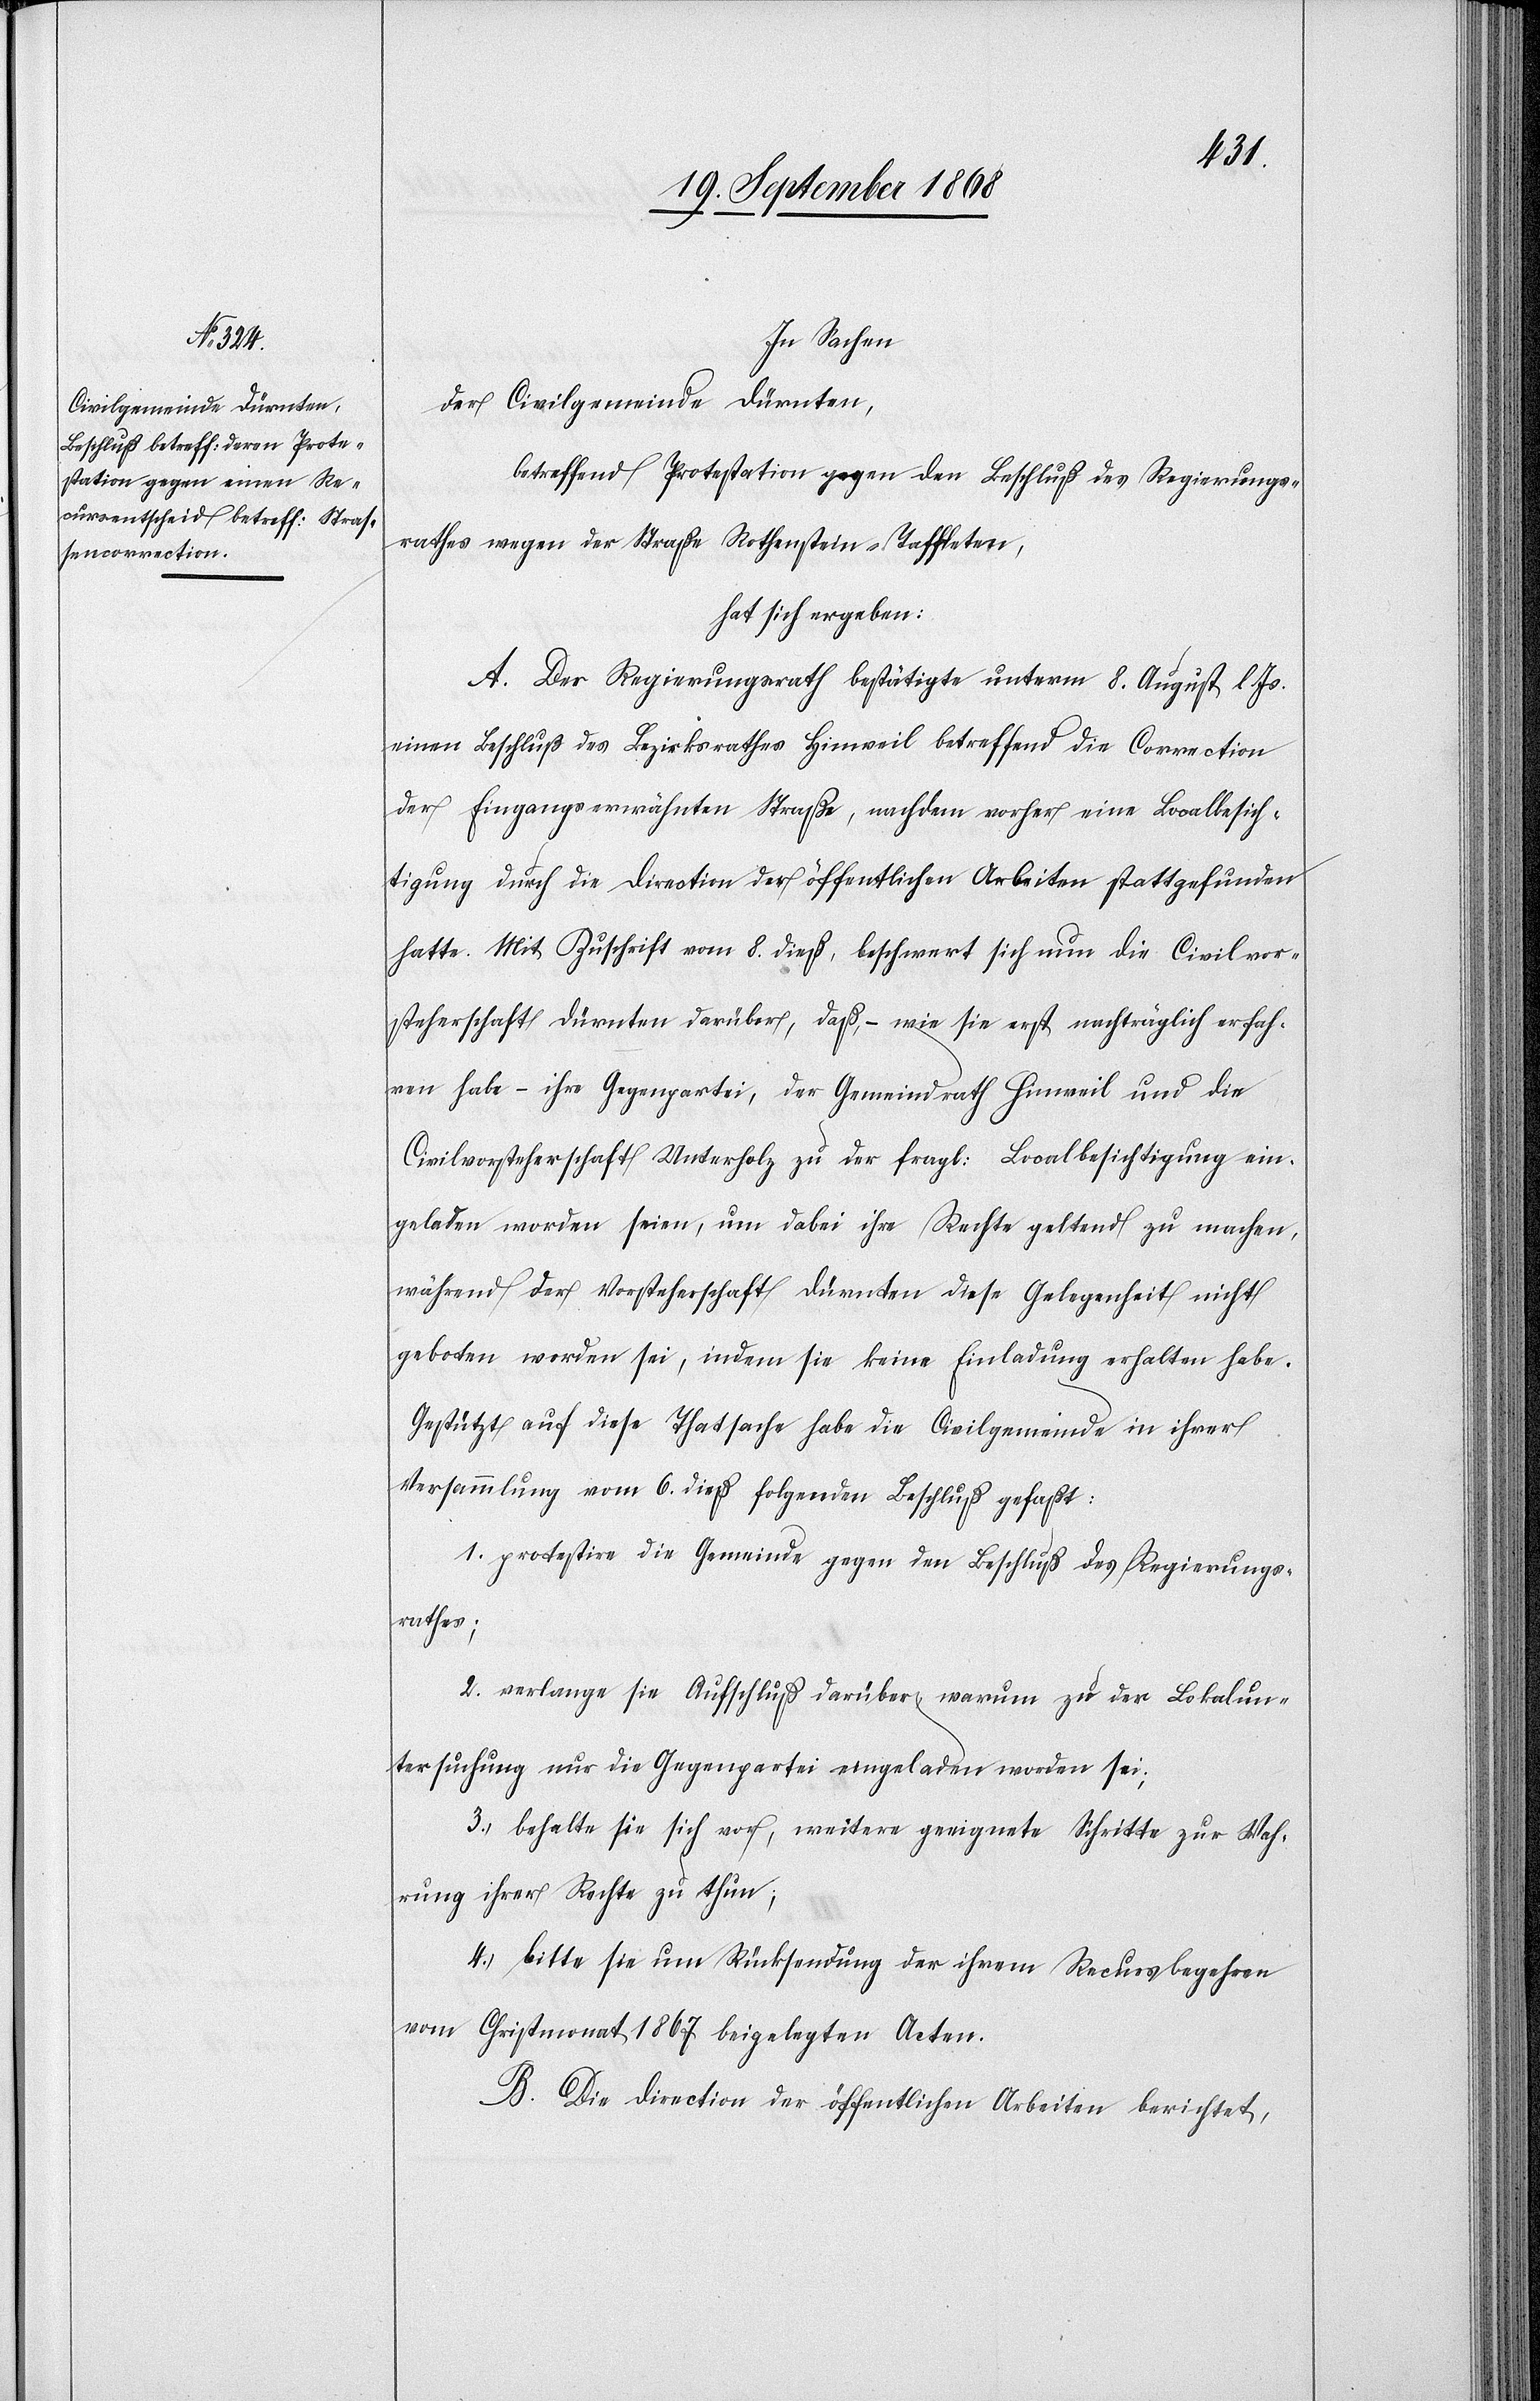
In Sachen
der Civilgemeinde Dürnten,
betreffend Protestation gegen den Beschluß des Regierungs¬
rathes wegen der Straße Rothenstein–Taffleten,
hat sich ergeben:
A. Der Regierungsrath bestätigte unterm 8. August l. Js.
einen Beschluß des Bezirksrathes Hinweil betreffend die Correction
der Eingangs erwähnten Straße, nachdem vorher eine Localbesich¬
tigung durch die Direction der öffentlichen Arbeiten stattgefunden
hatte. Mit Zuschrift vom 8. dieß, beschwert sich nun die Civilvor¬
steherschaft Dürnten darüber, daß, – wie sie erst nachträglich erfah¬
ren habe – ihre Gegenpartei, der Gemeindrath Hinweil und die
Civilvorsteherschaft Unterholz zu der fragl: Localbesichtigung ein¬
geladen worden seien, um dabei ihre Rechte geltend zu machen,
während der Vorsteherschaft Dürnten diese Gelegenheit nicht
geboten worden sei, indem sie keine Einladung erhalten habe.
Gestützt auf diese Thatsache habe die Civilgemeinde in ihrer
Versammlung vom 6. dieß folgenden Beschluß gefaßt:
1. protestire die Gemeinde gegen den Beschluß des Regierungs¬
rathes;
2. verlange sie Aufschluß darüber, warum zu der Lokalun¬
tersuchung nur die Gegenpartei eingeladen worden sei;
3. behalte sie sich vor, weitere geeignete Schritte zur Wah¬
rung ihrer Rechte zu thun;
4. bitte sie um Rücksendung der ihrem Recursbegehren
vom Christmonat 1867 beigelegten Acten.
B. Die Direction der öffentlichen Arbeiten berichtet,